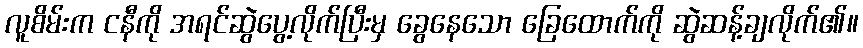
လူစိမ်းက ငနီကို အရင်ဆွဲပွေ့လိုက်ပြီးမှ ခွေနေသော ခြေထောက်ကို ဆွဲဆန့်ချလိုက်၏။